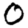
Digit: 0